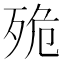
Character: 𣧼